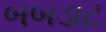
બબડાટ